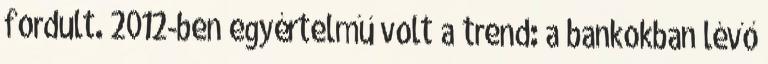
fordult. 2012-ben egyértelmű volt a trend: a bankokban lévő